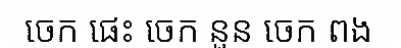
ចេក ផេះ ចេក នួន ចេក ពង